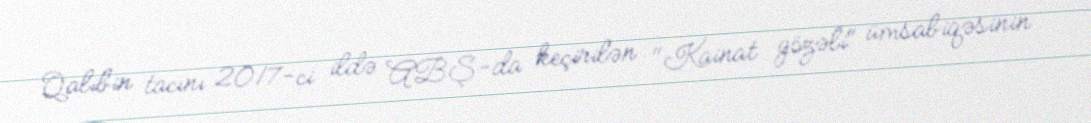
Qalibin tacını 2017-ci ildə ABŞ-da keçirilən "Kainat gözəli" ümsabiqəsinin